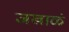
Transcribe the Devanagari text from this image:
जखाळं